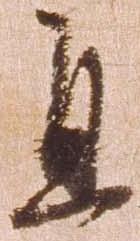
且